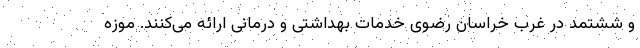
و ششتمد در غرب خراسان رضوی خدمات بهداشتی و درمانی ارائه می‌کنند. موزه